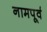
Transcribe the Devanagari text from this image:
नामपूर्व